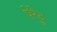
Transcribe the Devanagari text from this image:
पेरेदु